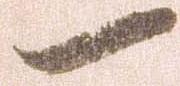
一